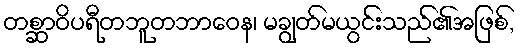
တစ္ဆာဝိပရီတဘူတဘာဝေန၊ မချွတ်မယွင်းသည်၏အဖြစ်,